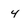
Character: 4